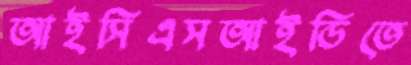
আইসিএসআইডিতে